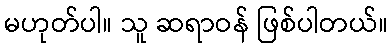
မဟုတ်ပါ။ သူ ဆရာဝန် ဖြစ်ပါတယ်။